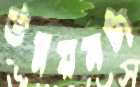
উন্নয়নটা